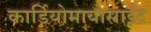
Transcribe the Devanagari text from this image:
कार्डियोमायोसाईट